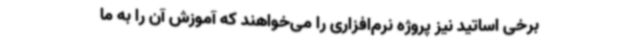
برخی اساتید نیز پروژه نرم‌افزاری را می‌خواهند که آموزش آن را به ما